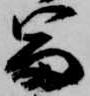
富